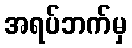
အရပ်ဘက်မှ